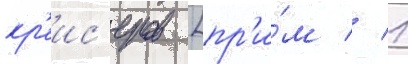
кр'еис'еров [пр'и́м // 1